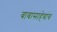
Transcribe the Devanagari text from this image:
बाबासाहेबांच